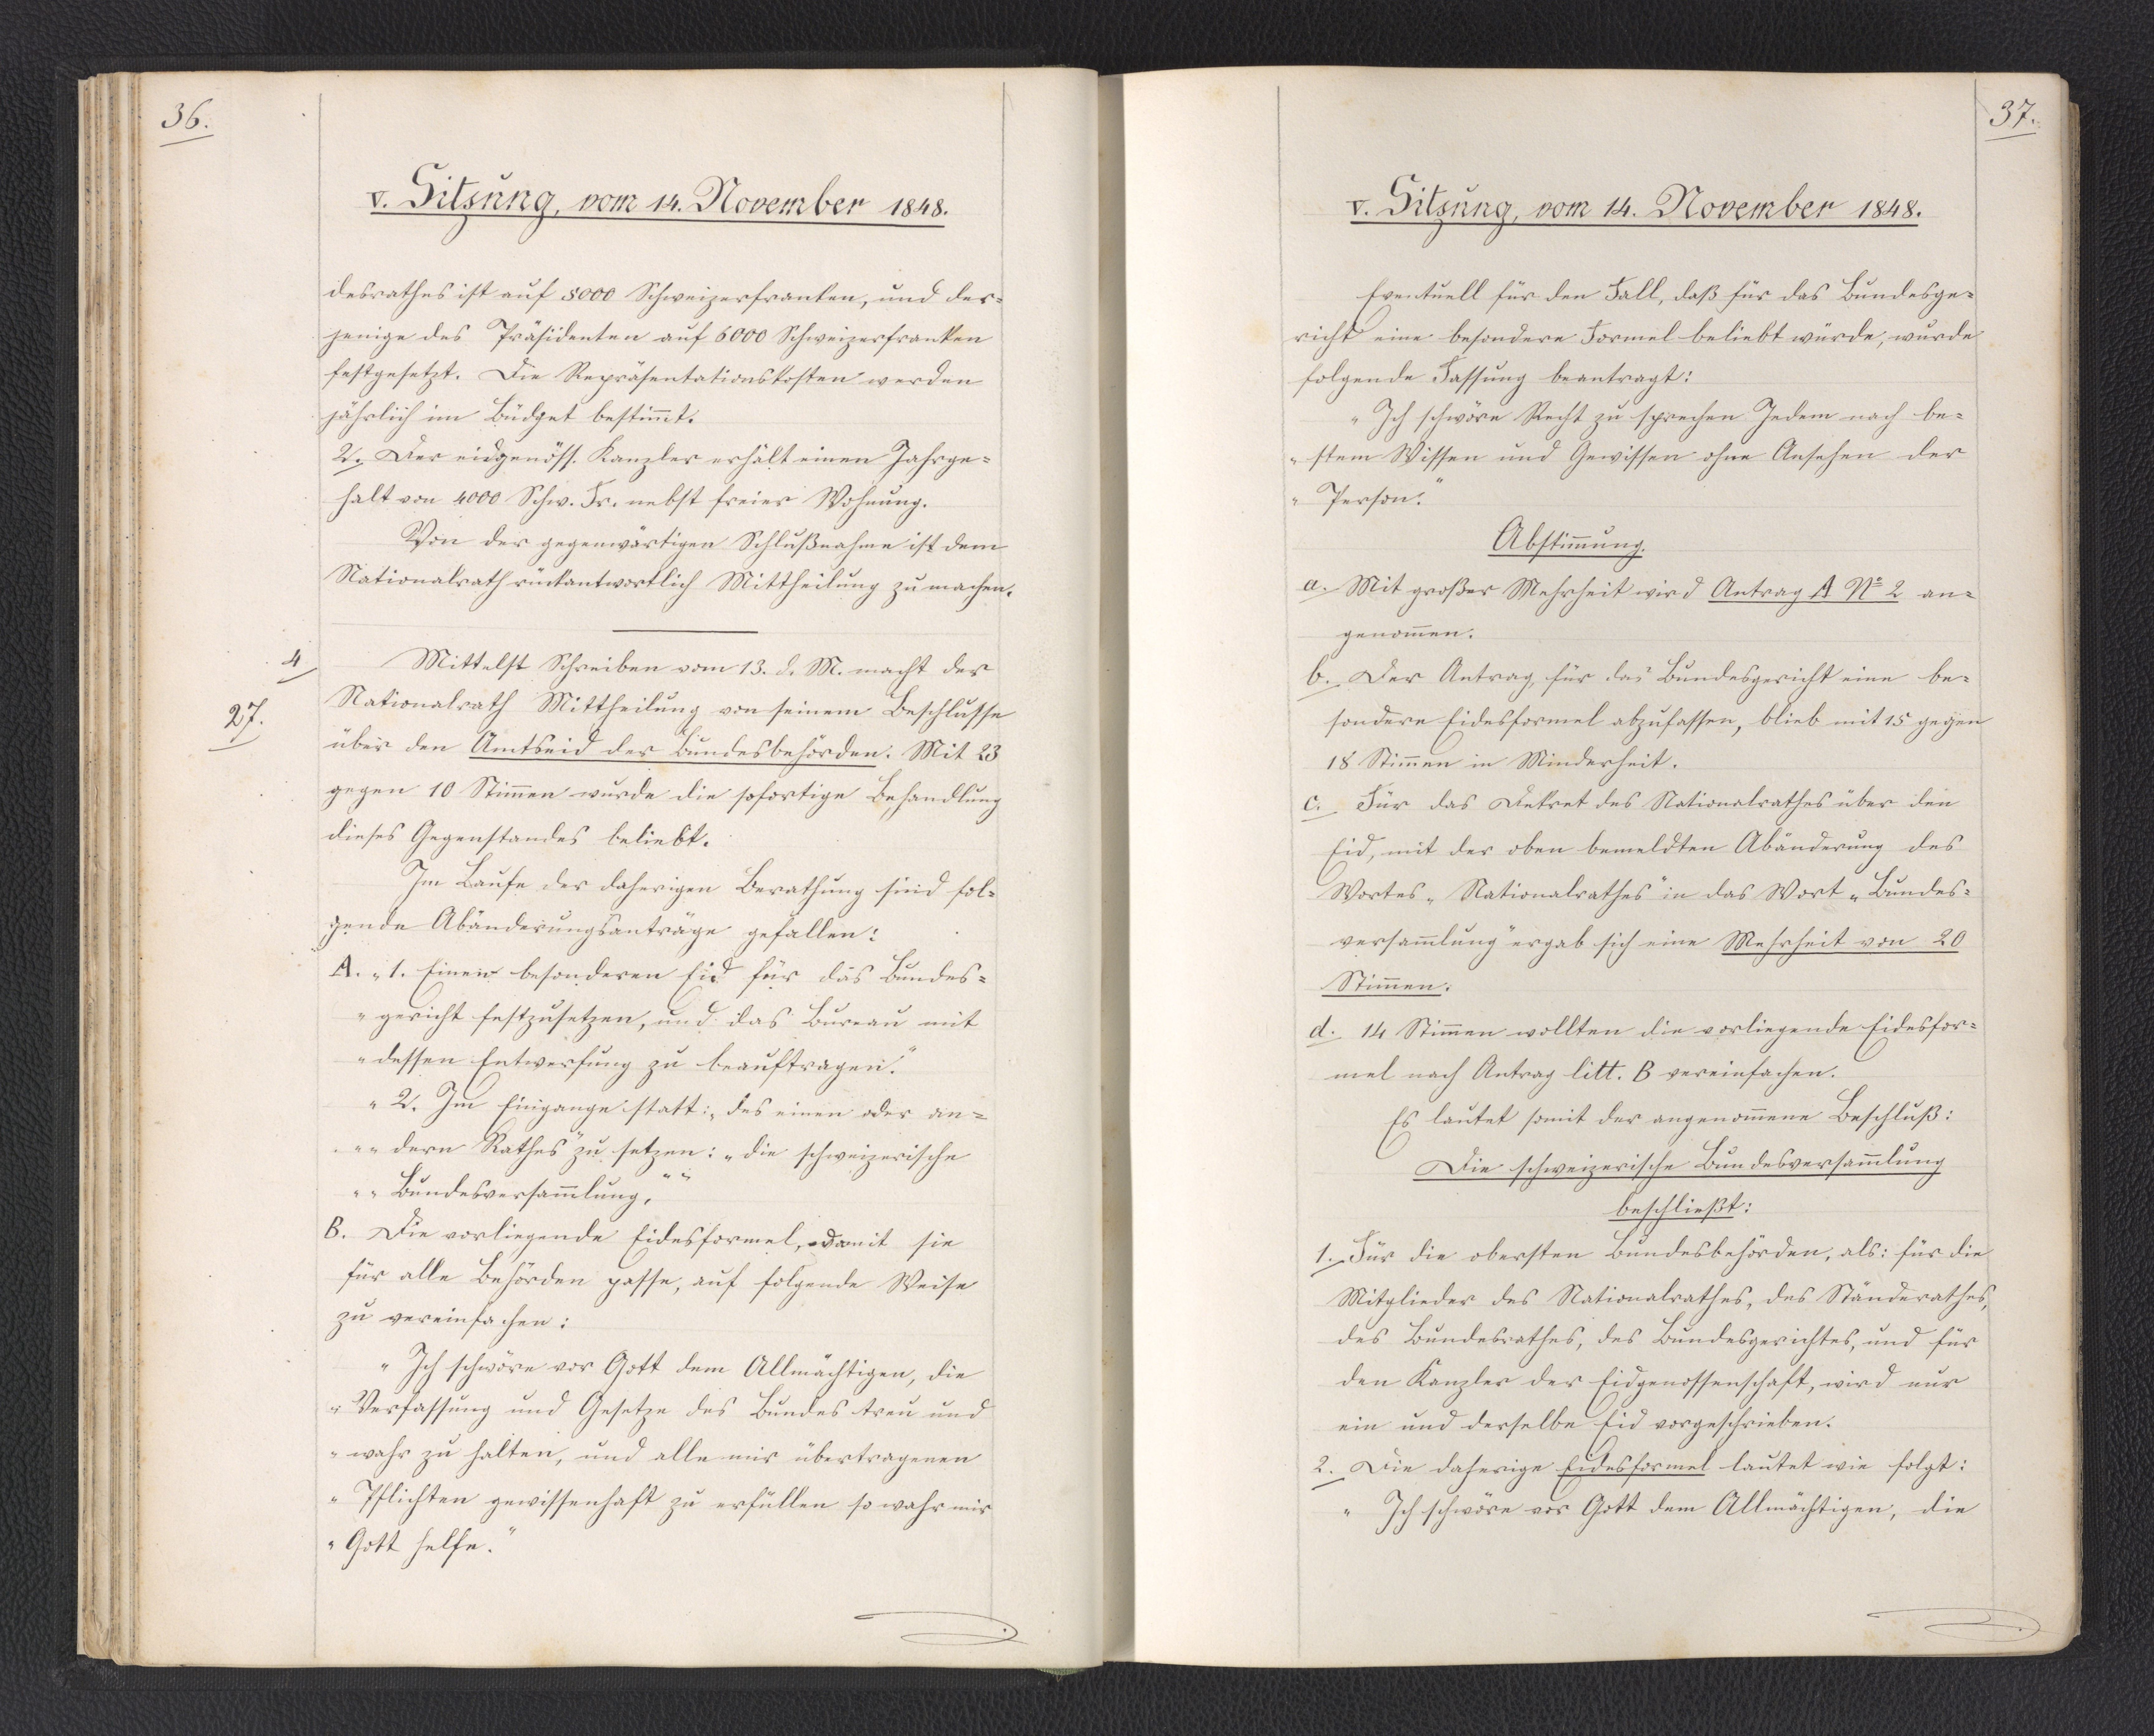
36.

V. Sitzung, vom 14. November 1848.

desrathes ist auf 5000 Schweizerfranken, und der¬
jenige des Präsidenten auf 6000 Schweizerfranken
festgesetzt. Die Repräsentationskosten werden
jährlich im Büdget bestimmt.
2. Der eidgenöss. Kanzler erhält einen Jahrge¬
halt von 4000 Schw. Fr. nebst freier Wohnung.
Von der gegenwärtigen Schlußnahme ist dem
Nationalrath rückantwortlich Mittheilung zu machen.
Mittelst Schreiben vom 13. d. M. macht der
Nationalrath Mittheilung von seinem Beschlusse
über den Amtseid der Bundesbehörden. Mit 23
gegen 10 Stimmen wurde die sofortige Behandlung
dieses Gegenstandes beliebt.
Im Laufe der daherigen Berathung sind fol¬
gende Abänderungsanträge gefallen:
A. "1. Einen besonderen Eid für das Bundes¬
gericht festzusetzen, und das Bureau mit
dessen Entwerfung zu beauftragen.
2. Im Eingange statt: "des einen oder an¬
dern Rathes" zu setzen: "die schweizerische
Bundesversammlung.""
B. Die vorliegende Eidesformel, womit sie
für alle Behörden passe, auf folgende Weise
zu vereinfachen:
"Ich schwöre vor Gott dem Allmächtigen, die
Verfassung und Gesetze des Bundes treu und
wahr zu halten, und alle mir übertragenen
Pflichten gewissenhaft zu erfüllen so wahr mir
Gott helfe."

4.
27.

37.

V. Sitzung, vom 14. November 1848.

Eventuell für den Fall, daß für das Bundesge¬
richt eine besondere Formel beliebt würde, wurde
folgende Fassung beantragt:
"Ich schwöre Recht zu sprechen Jedem nach be¬
stem Wissen und Gewissen ohne Ansehen der
Person."
Abstimmung.
a. Mit großer Mehrheit wird Antrag A No 2 an¬
genommen.
b. Der Antrag, für das Bundesgericht eine be¬
sondere Eidesformel abzufassen, blieb mit 15 gegen
18 Stimmen in Minderheit.
c. Für das Dekret des Nationalrathes über den
Eid, mit der oben bemeldten Abänderung des
Wortes "Nationalrathes" in das Wort "Bundes¬
versammlung" ergab sich eine Mehrheit von 20
Stimmen.
d. 14 Stimmen wollten die vorliegende Eidesfor¬
mel nach Antrag litt. B vereinfachen.
Es lautet somit der angenommene Beschluß:
Die schweizerische Bundesversammlung
beschließt:
1. Für die obersten Bundesbehörden, als: für die
Mitglieder des Nationalrathes, des Ständerathes,
des Bundesrathes, des Bundesgerichtes, und für
den Kanzler der Eidgenossenschaft, wird nur
ein und derselbe Eid vorgeschrieben.
2. Die daherige Eidesformel lautet wie folgt:
"Ich schwöre vor Gott dem Allmächtigen, die